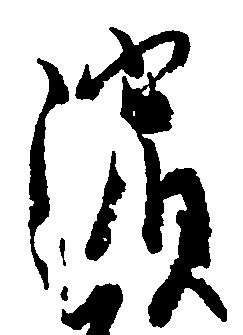
浜